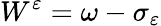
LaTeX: W^{\varepsilon}=\omega-\sigma_{\varepsilon}